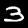
Label: 3